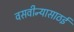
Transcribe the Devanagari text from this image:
वसवीन्यासाठई